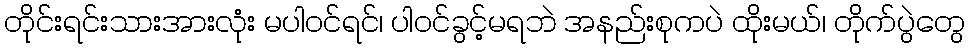
တိုင်းရင်းသားအားလုံး မပါဝင်ရင်၊ ပါဝင်ခွင့်မရဘဲ အနည်းစုကပဲ ထိုးမယ်၊ တိုက်ပွဲတွေ